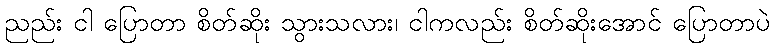
ညည်း ငါ ပြောတာ စိတ်ဆိုး သွားသလား၊ ငါကလည်း စိတ်ဆိုးအောင် ပြောတာပဲ